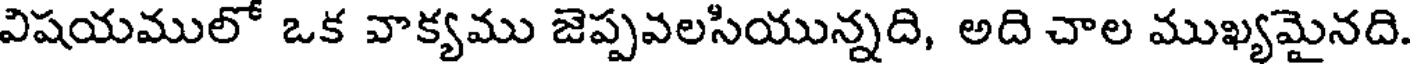
విషయములో ఒక వాక్యము జెప్పవలసియున్నది, అది చాల ముఖ్యమైనది.